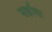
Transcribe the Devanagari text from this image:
सर्हाया